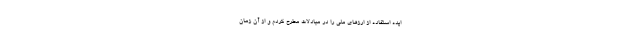
ایده استفاده از ارز‌های ملی را در مبادلات مطرح کردم و از آن زمان